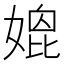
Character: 𡠌